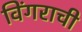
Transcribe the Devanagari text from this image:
विंगराची